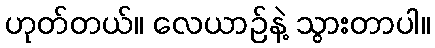
ဟုတ်တယ်။ လေယာဉ်နဲ့ သွားတာပါ။